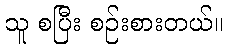
သူ စပြီး စဉ်းစားတယ်။